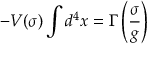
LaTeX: - V ( \sigma ) \int d ^ { 4 } x = \Gamma \left( \frac { \sigma } { g } \right)